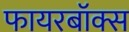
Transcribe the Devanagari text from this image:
फायरबॉक्स